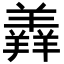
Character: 羴